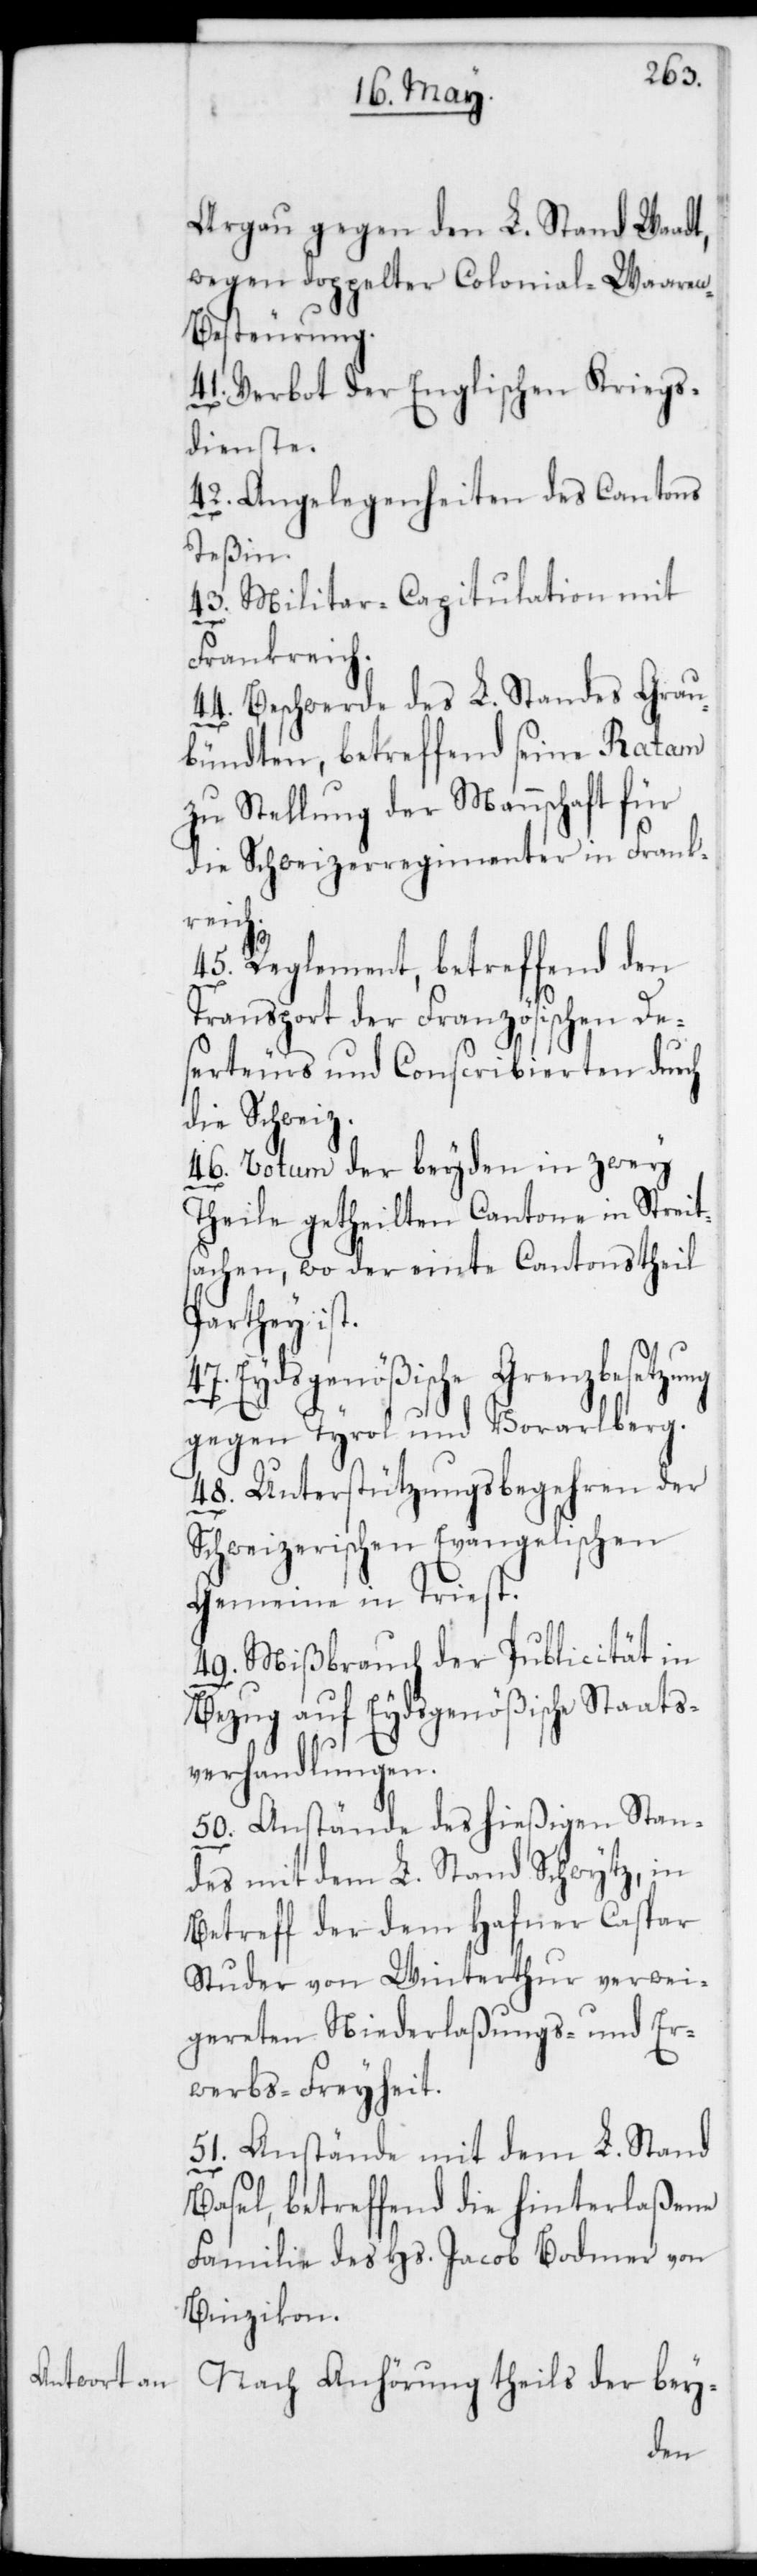
Argau gegen den L. Stand Waadt,
wegen doppelter Colonial-Waare¬
n-Besteurung.
41. Verbot der Englischen Kriegs¬
dienste.
42. Angelegenheiten des Cantons
Teßin.
43. Militar-Capitulation mit
Frankreich.
44. Beschwerde des L. Standes Grau¬
bündten, betreffend seine Ratam
zu Stellung der Mannschaft für
die Schweizerregimenter in Frank¬
reich.
45. Reglement, betreffend den
Transport der Französischen De¬
serteurs und Conscribierten durch
die Schweiz.
46. Votum der beyden in zwei
Theile getheilten Cantone in Streit¬
sachen, wo der einte Cantonstheil
Parthey ist.
Eydsgenößische Grenzbesetzu¬
ng
gegen Tyrol und Vorarlberg.
48. Unterstützungsbegehren der
Schweizerischen Evangelischen
Gemeine in Triest.
49. Mißbrauch der Publicität in
Bezug auf Eydsgenößische Staats¬
verhandlungen.
50. Anstände des hießigen Stan¬
des mit dem L. Stand Schwytz, in
Betreff der dem Hafner Caspar
Studer von Winterthur verwei¬
gereten Niederlaßungs- und Er¬
werbs-Freyheit.
51. Anstände mit dem L. Stand
Basel, betreffend die hinterlaßene
Familie des Hs. Jacob Bodmer von
Binzikon.
Nach Anhörung theils der bey-